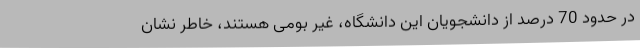
در حدود 70 درصد از دانشجویان این دانشگاه، غیر بومی هستند، خاطر نشان